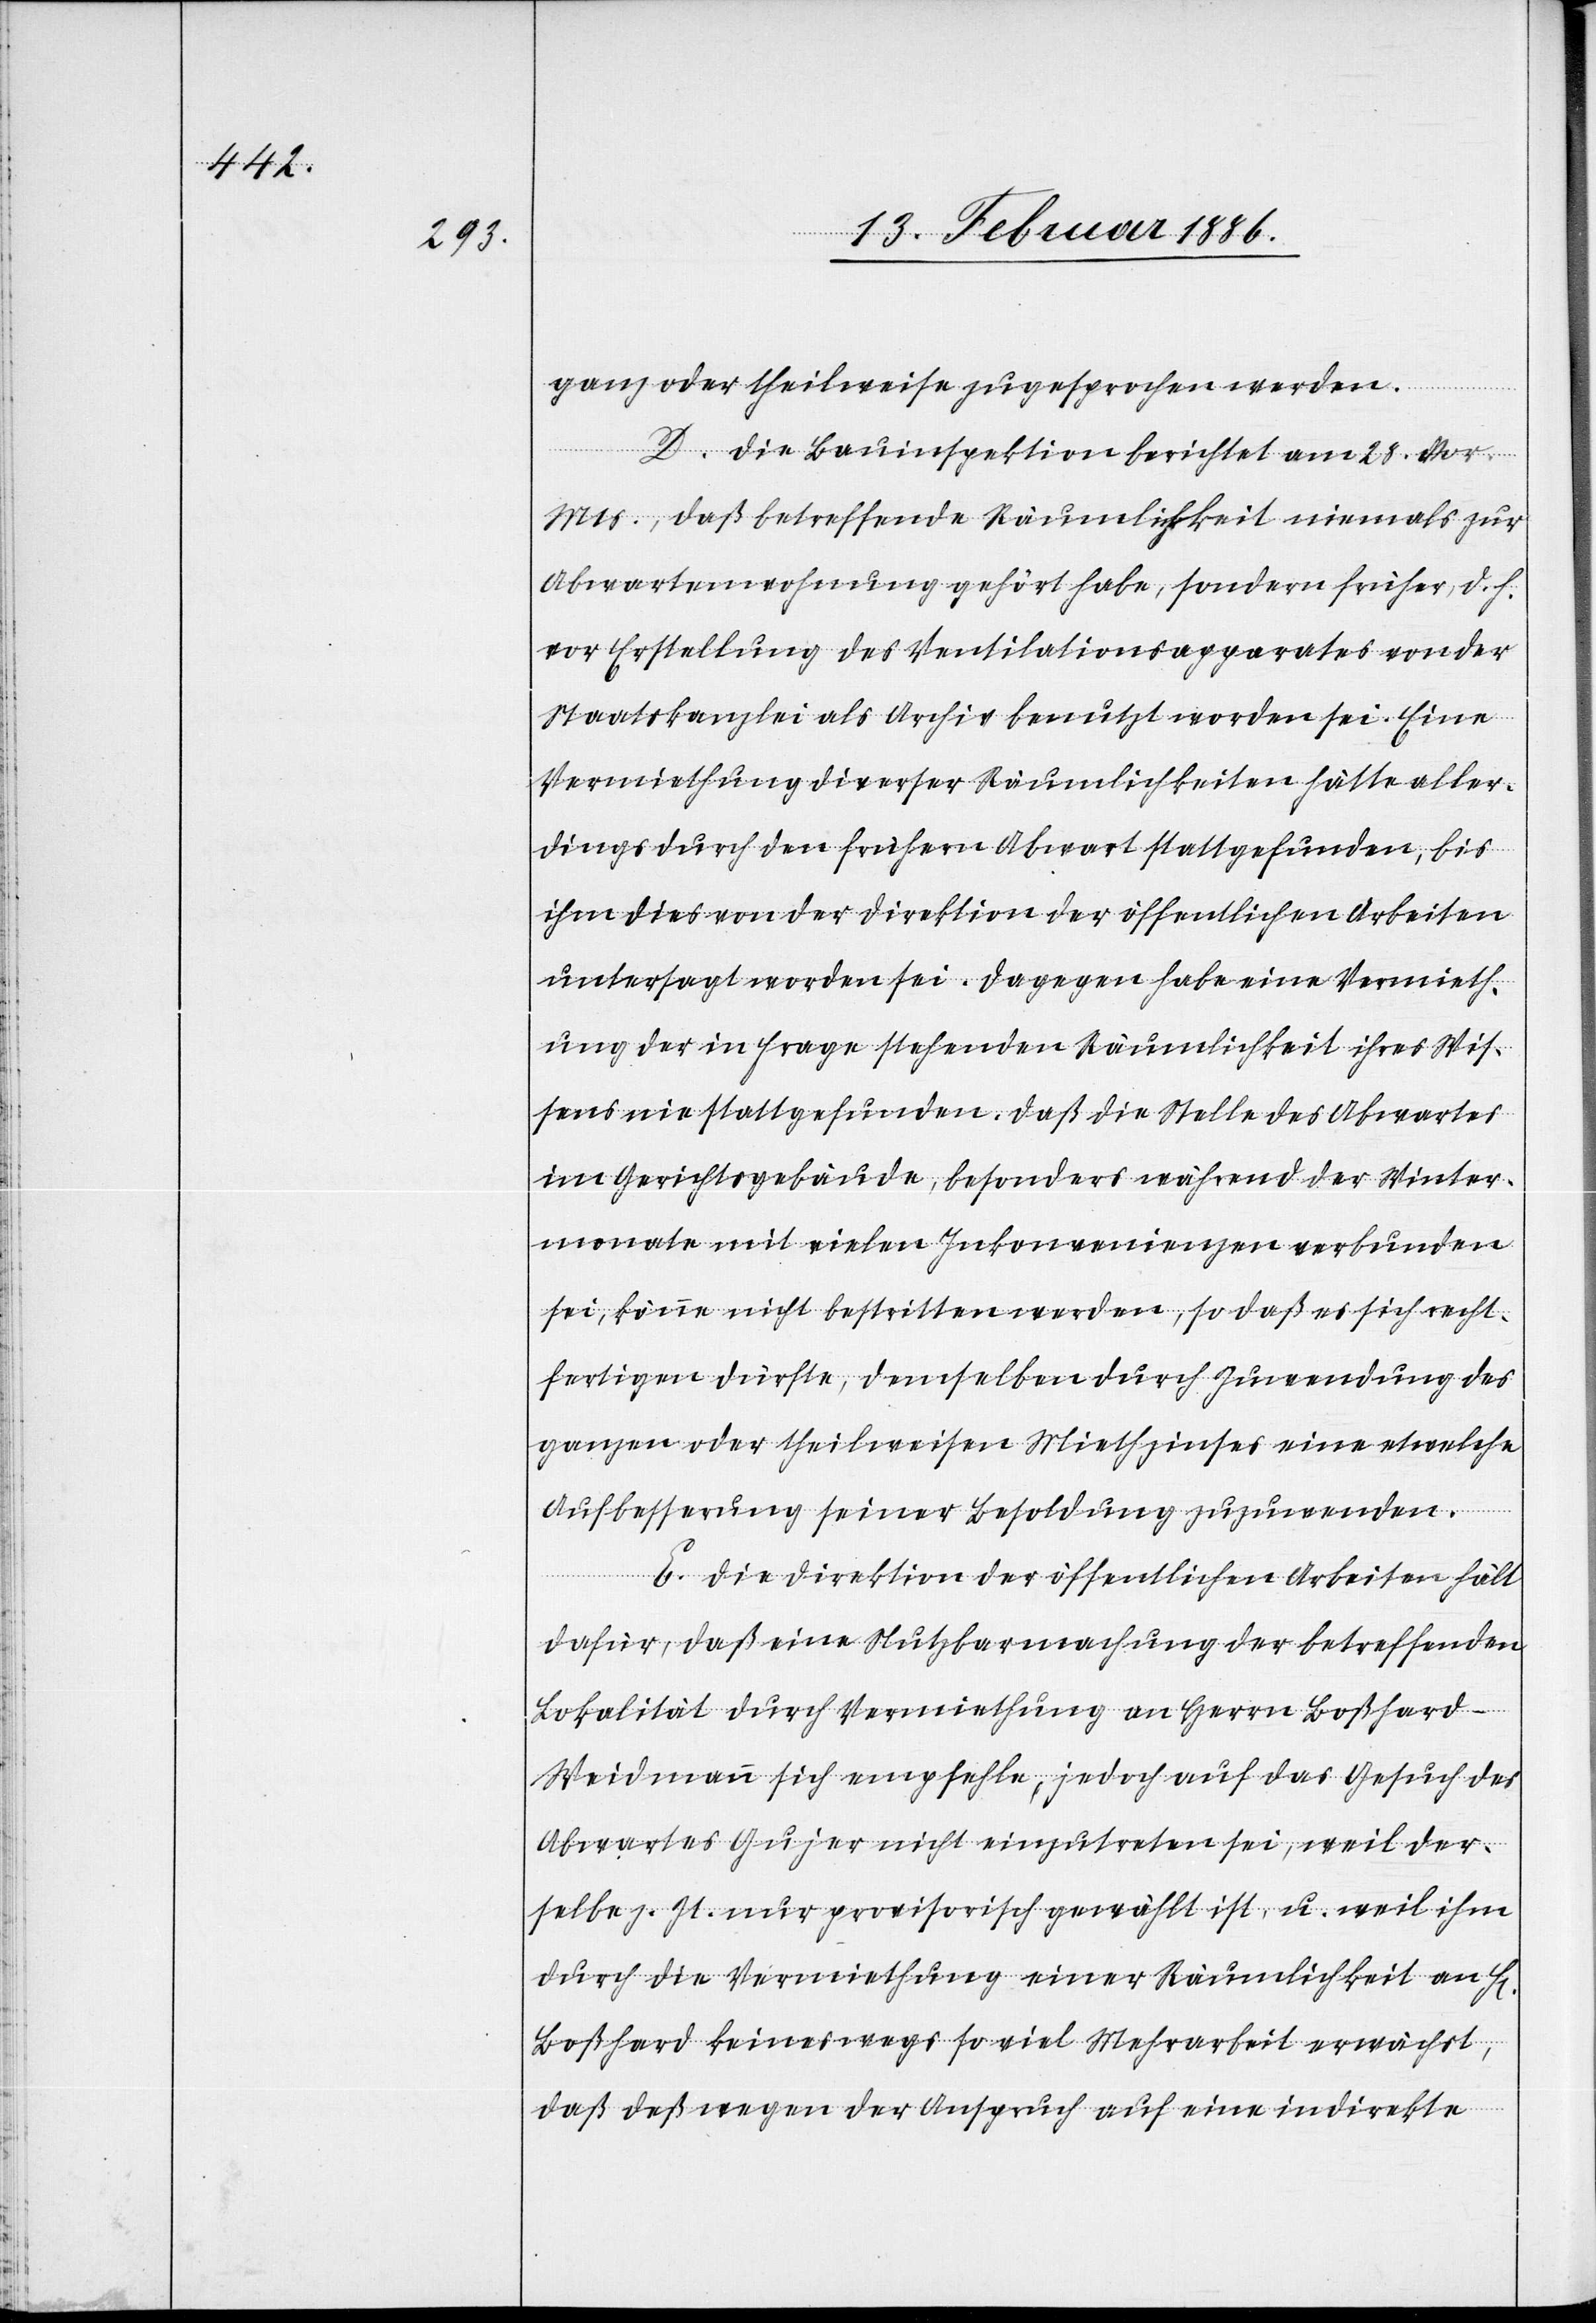
ganz oder theilweise zugesprochen werden.
D. Die Bauinspektion berichtet am 28. vor.
Mts., daß betreffende Räumlichkeit niemals zur
Abwartenwohnung gehört habe, sondern früher, d. h.
vor Erstellung des Ventilationsapparates von der
Staatskanzlei als Archiv benutzt worden sei. Eine
Vermiethung diverser Räumlichkeiten hätte aller¬
dings durch den frühern Abwart stattgefunden, bis
ihm dies von der Direktion der öffentlichen Arbeiten
untersagt worden sei. Dagegen habe eine Vermieth¬
ung der in Frage stehenden Räumlichkeit ihres Wis¬
sens nie stattgefunden. Daß die Stelle des Abwartes
im Gerichtsgebäude, besonders während der Winter¬
monate mit vielen Inkonvenienzen verbunden
sei, könne nicht bestritten werden, so daß es sich recht¬
fertigen dürfte, demselben durch Zuwendung des
ganzen oder theilweisen Miethzinses eine etwelche
Aufbesserung seiner Besoldung zuzuwenden.
E. Die Direktion der öffentlichen Arbeiten hält
dafür, daß eine Nutzbarmachung der betreffenden
Lokalität durch Vermiethung an Herrn Boßhard-W¬
eidmann sich empfehle, jedoch auf das Gesuch des
Abwartes Gujer nicht einzutreten sei, weil der¬
selbe z. Zt. nur provisorisch gewählt ist, u. weil ihm
durch die Vermiethung einer Räumlichkeit an
Boßhard keineswegs so viel Mehrarbeit erwächst,
daß deßwegen der Anspruch auf eine indirekte